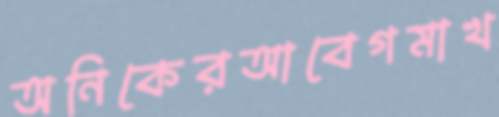
অনিকেরআবেগমাখ